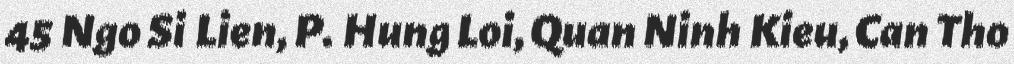
45 Ngo Si Lien, P. Hung Loi, Quan Ninh Kieu, Can Tho